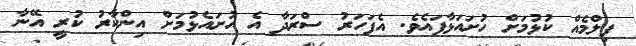
ފިލްމެއް ކުޅުމަށް ހުށައަޅާފައެވެ. އެފަހަރު ސްރަދާ އެ ހުށައެޅުމަށް އިންކާރު ކުރީ އޭނާ